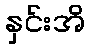
နှင်းအိ